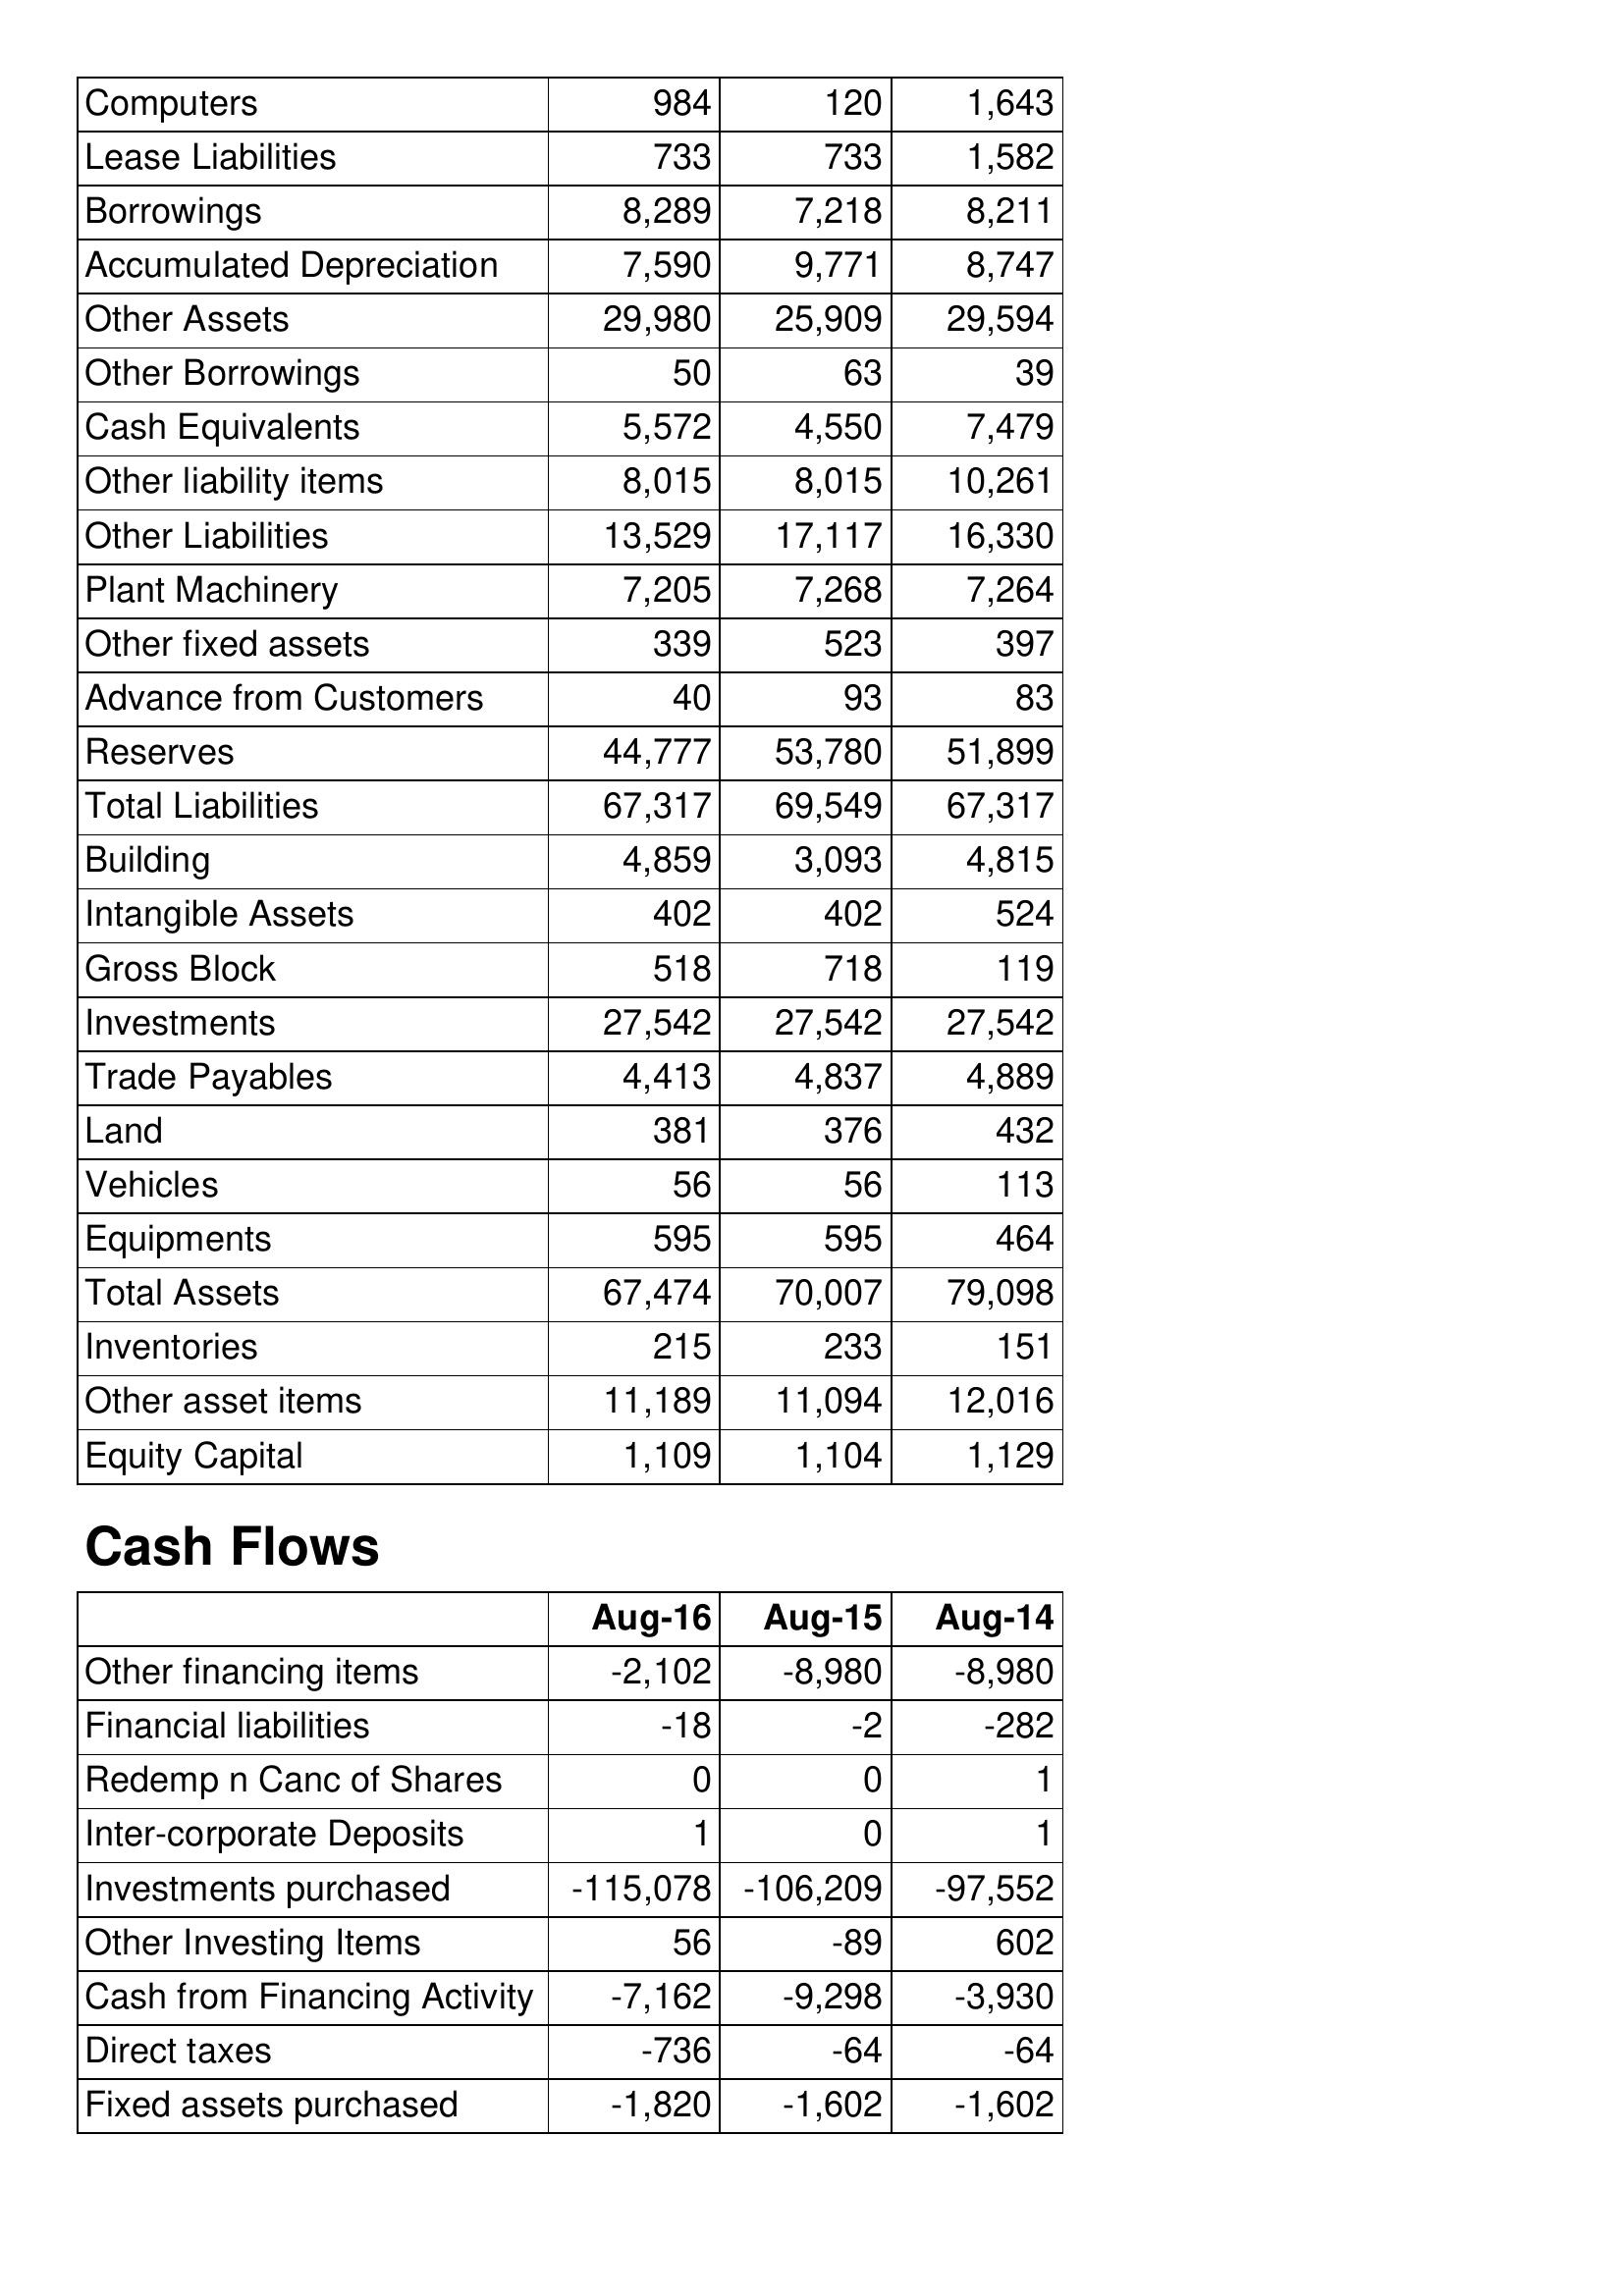
Aug-16: Balance Sheet: Computers: 984
Lease Liabilities: 733
Borrowings: 8,289
Accumulated Depreciation: 7,590
Other Assets: 29,980
Other Borrowings: 50
Cash Equivalents: 5,572
Other liability items: 8,015
Other Liabilities: 13,529
Plant Machinery: 7,205
Other fixed assets: 339
Advance from Customers: 40
Reserves: 44,777
Total Liabilities: 67,317
Building: 4,859
Intangible Assets: 402
Gross Block: 518
Investments: 27,542
Trade Payables: 4,413
Land: 381
Vehicles: 56
Equipments: 595
Total Assets: 67,474
Inventories: 215
Other asset items: 11,189
Equity Capital: 1,109
Cash Flows: Other financing items: -2,102
Financial liabilities: -18
Redemp n Canc of Shares: 0
Inter-corporate Deposits: 1
Investments purchased: -115,078
Other Investing Items: 56
Cash from Financing Activity: -7,162
Direct taxes: -736
Fixed assets purchased: -1,820
Aug-15: Balance Sheet: Computers: 120
Lease Liabilities: 733
Borrowings: 7,218
Accumulated Depreciation: 9,771
Other Assets: 25,909
Other Borrowings: 63
Cash Equivalents: 4,550
Other liability items: 8,015
Other Liabilities: 17,117
Plant Machinery: 7,268
Other fixed assets: 523
Advance from Customers: 93
Reserves: 53,780
Total Liabilities: 69,549
Building: 3,093
Intangible Assets: 402
Gross Block: 718
Investments: 27,542
Trade Payables: 4,837
Land: 376
Vehicles: 56
Equipments: 595
Total Assets: 70,007
Inventories: 233
Other asset items: 11,094
Equity Capital: 1,104
Cash Flows: Other financing items: -8,980
Financial liabilities: -2
Redemp n Canc of Shares: 0
Inter-corporate Deposits: 0
Investments purchased: -106,209
Other Investing Items: -89
Cash from Financing Activity: -9,298
Direct taxes: -64
Fixed assets purchased: -1,602
Aug-14: Balance Sheet: Computers: 1,643
Lease Liabilities: 1,582
Borrowings: 8,211
Accumulated Depreciation: 8,747
Other Assets: 29,594
Other Borrowings: 39
Cash Equivalents: 7,479
Other liability items: 10,261
Other Liabilities: 16,330
Plant Machinery: 7,264
Other fixed assets: 397
Advance from Customers: 83
Reserves: 51,899
Total Liabilities: 67,317
Building: 4,815
Intangible Assets: 524
Gross Block: 119
Investments: 27,542
Trade Payables: 4,889
Land: 432
Vehicles: 113
Equipments: 464
Total Assets: 79,098
Inventories: 151
Other asset items: 12,016
Equity Capital: 1,129
Cash Flows: Other financing items: -8,980
Financial liabilities: -282
Redemp n Canc of Shares: 1
Inter-corporate Deposits: 1
Investments purchased: -97,552
Other Investing Items: 602
Cash from Financing Activity: -3,930
Direct taxes: -64
Fixed assets purchased: -1,602